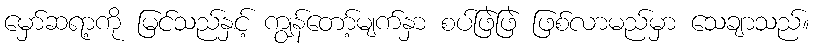
မှော်ဆရာ့ကို မြင်သည်နှင့် ကျွန်တော့်မျက်နှာ စပ်ဖြဲဖြဲ ဖြစ်လာမည်မှာ သေချာသည်။